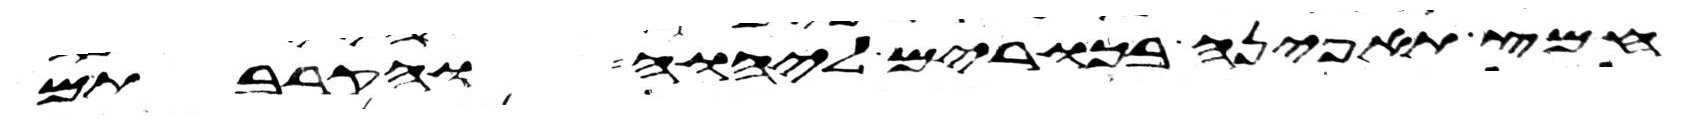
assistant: חמץ תאפינה בכורים ליהוה והקרבתם